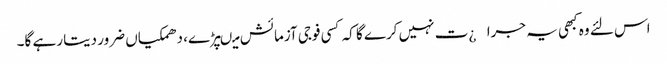
اس لئے وہ کبھی یہ جرا¿ت نہیں کرے گا کہ کسی فوجی آزمائش میںپڑے، دھمکیاں ضرور دیتا رہے گا۔